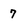
Character: 7